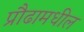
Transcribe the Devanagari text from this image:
प्रौढामधील